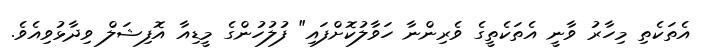
އެތަކެތި މިހާރު ވާނީ އެތަކެތީގެ ވެރިންނާ ހަވާލުކޮށްފައި" ފުލުހުންގެ މީޑިއާ އޮފިޝަލް ވިދާޅުވިއެވެ.